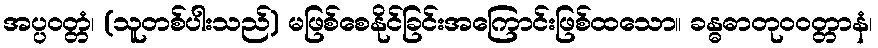
အပ္ပဝတ္တံ၊ (သူတစ်ပါးသည်) မဖြစ်စေနိုင်ခြင်းအကြောင်းဖြစ်ထသော။ ခန္ဓဓာတုဝဝတ္တာနံ၊